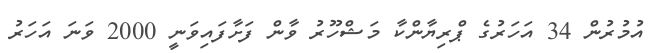
އުމުރުން 34 އަހަރުގެ ޕްރިޔާންކާ މަޝްހޫރު ވާން ފަށާފައިވަނީ 2000 ވަނަ އަހަރު